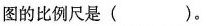
图的比例尺是( )。